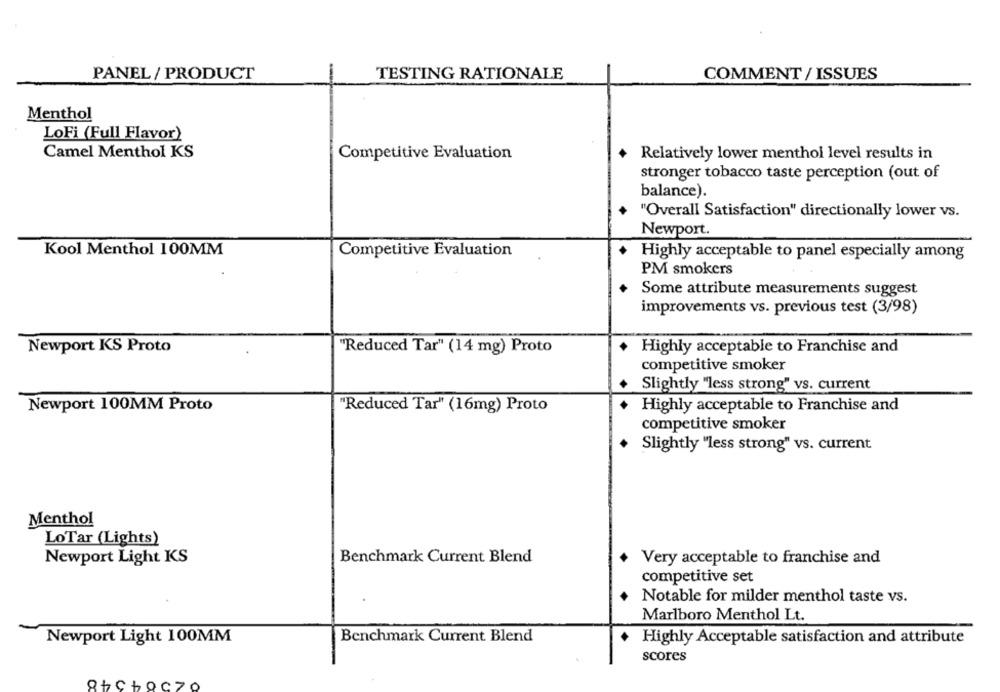
PANEL / PRODUCT
TESTING RATIONALE
COMMENT / ISSUES
Menthol
LoFi (Full Flavor)
Camel Menthol KS
Competitive Evaluation
+ Relatively lower menthol level results in
stronger tobacco taste perception (out of
balance).
"Overall Satisfaction" directionally lower vs.
Newport.
Kool Menthol 100MM
Competitive Evaluation
Highly acceptable to panel especially among
PM smokers
Some attribute measurements suggest
improvements vs. previous test (3/98)
Newport KS Proto
"Reduced Tar" (14 mg) Proto
Highly acceptable to Franchise and
competitive smoker
+ Slightly "less strong" vs. current
Newport 100MM Proto
"Reduced Tar" (16mg) Proto
Highly acceptable to Franchise and
competitive smoker
Slightly "less strong" vs. current
Menthol
LoTar (Lights)
Newport Light KS
Benchmark Current Blend
Very acceptable to franchise and
competitive set
Notable for milder menthol taste vs.
Marlboro Menthol Lt.
Newport Light 100MM
Benchmark Current Blend
Highly Acceptable satisfaction and attribute
scores
8+choc70